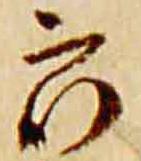
衆